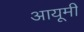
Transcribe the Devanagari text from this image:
आयूमी